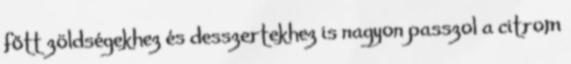
főtt zöldségekhez és desszertekhez is nagyon passzol a citrom